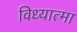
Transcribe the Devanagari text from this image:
विध्यात्मा